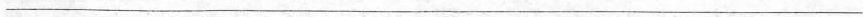
___